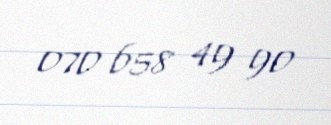
070 658 49 90